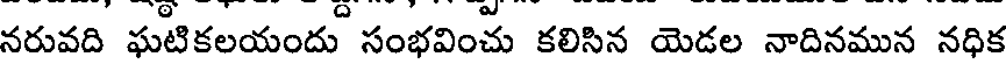
నరువది ఘటికలయందు సంభవించు కలిసిన యెడల నాదినమున నధిక